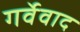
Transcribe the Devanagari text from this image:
गर्वेवाद